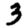
Digit: 3